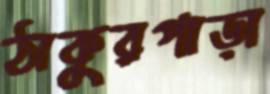
ঠাকুরপাড়া